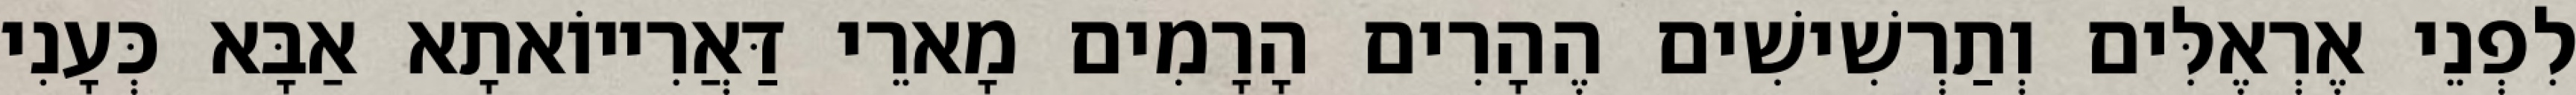
לִפְנֵי אֶרְאֶלִּים וְתַרְשִׁישִׁים הֶהָרִים הָרָמִים מָארֵי דַּאֲרִייוֹאתָא אַבָּא כְּעָנִי